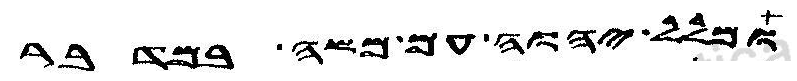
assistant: ומלל יהוה עם משה במדבר